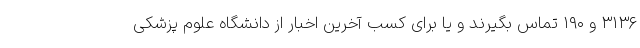
۳۱۳۶ و ۱۹۰ تماس بگیرند و یا برای کسب آخرین اخبار از دانشگاه علوم پزشکی